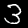
Label: 3